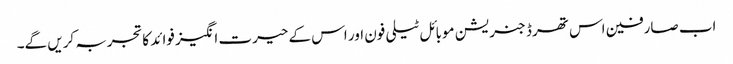
اب صارفین اس تھرڈ جنریشن موبائل ٹیلی فون اور اس کے حیرت انگیز فوائد کاتجربہ کریں گے۔